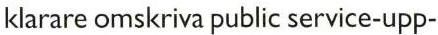
klarare omskriva public service-upp-